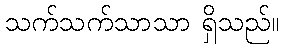
သက်သက်သာသာ ရှိသည်။